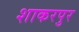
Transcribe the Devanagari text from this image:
शाकरपुर